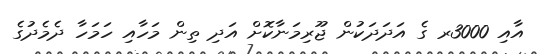
އާއި 3000ރ ގެ އަދަދަކުން ޖޫރިމަނާކޮށް އަދި ތިން މަހާއި ހަމަހާ ދެމެދުގެ